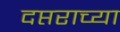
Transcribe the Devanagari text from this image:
दप्तराच्या